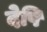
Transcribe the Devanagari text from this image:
देषि